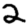
Digit: 2